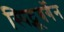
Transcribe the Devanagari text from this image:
स्पिट्स्‌बर्गेन